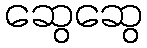
ဆွေဆွေ